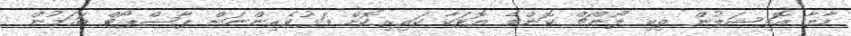
މާޔާ އޮފިޝަލުން ތިބި ލޯންޗް ކޮންމެ ޔޮޓަކާ ކައިރިކޮށް ފަޅުވެރިންނަށް ޕާސްޕޯޓް ބަހަމުން